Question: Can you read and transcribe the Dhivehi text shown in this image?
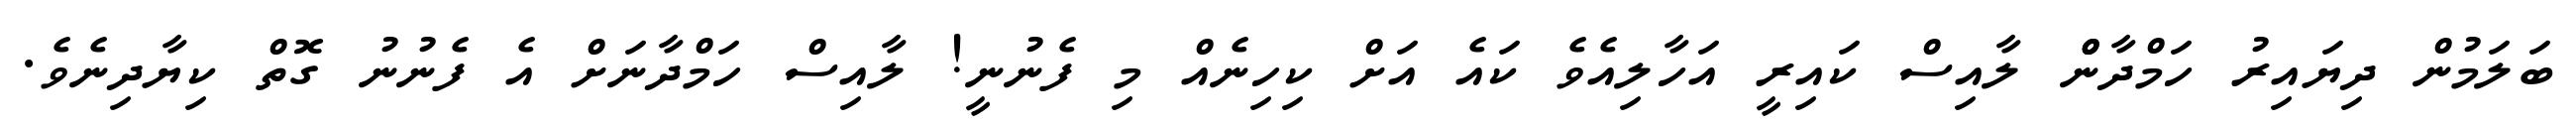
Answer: ބަލަމުން ދިޔައިރު ހަމްދާންް ލާއިސް ކައިރީ އަހާލިއެވެ ކައެ އަށް ކިހިނެއް މި ފެނުނީ! ލާއިސް ހަމްދާނަށް އެ ފެނުނު ގޮތް ކިޔާދިނެވެ.